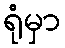
ရုံမှာ